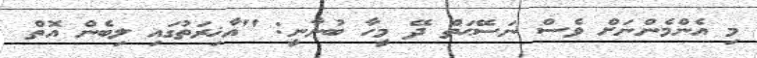
މި އެންމެންނަށް ވެސް ނަސޭޙަތް ދޭ މީހާ ބުނާނީ: ''އާޚިރަތުގައި ލިބެން އޮތް